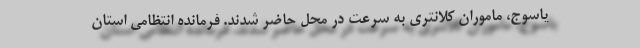
یاسوج، ماموران کلانتری به سرعت در محل حاضر شدند. فرمانده انتظامی استان